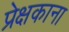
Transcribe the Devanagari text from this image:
प्रेक्षकाना